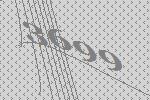
3699